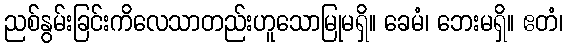
ညစ်နွမ်းခြင်းကိလေသာတည်းဟူသောမြုမရှိ။ ခေမံ၊ ဘေးမရှိ။ ဧတံ၊